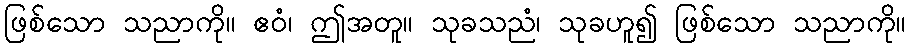
ဖြစ်သော သညာကို။ ဧဝံ၊ ဤအတူ။ သုခသညံ၊ သုခဟူ၍ ဖြစ်သော သညာကို။